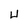
Character: W